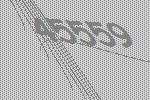
45559